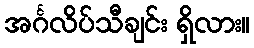
အင်္ဂလိပ်သီချင်း ရှိလား။